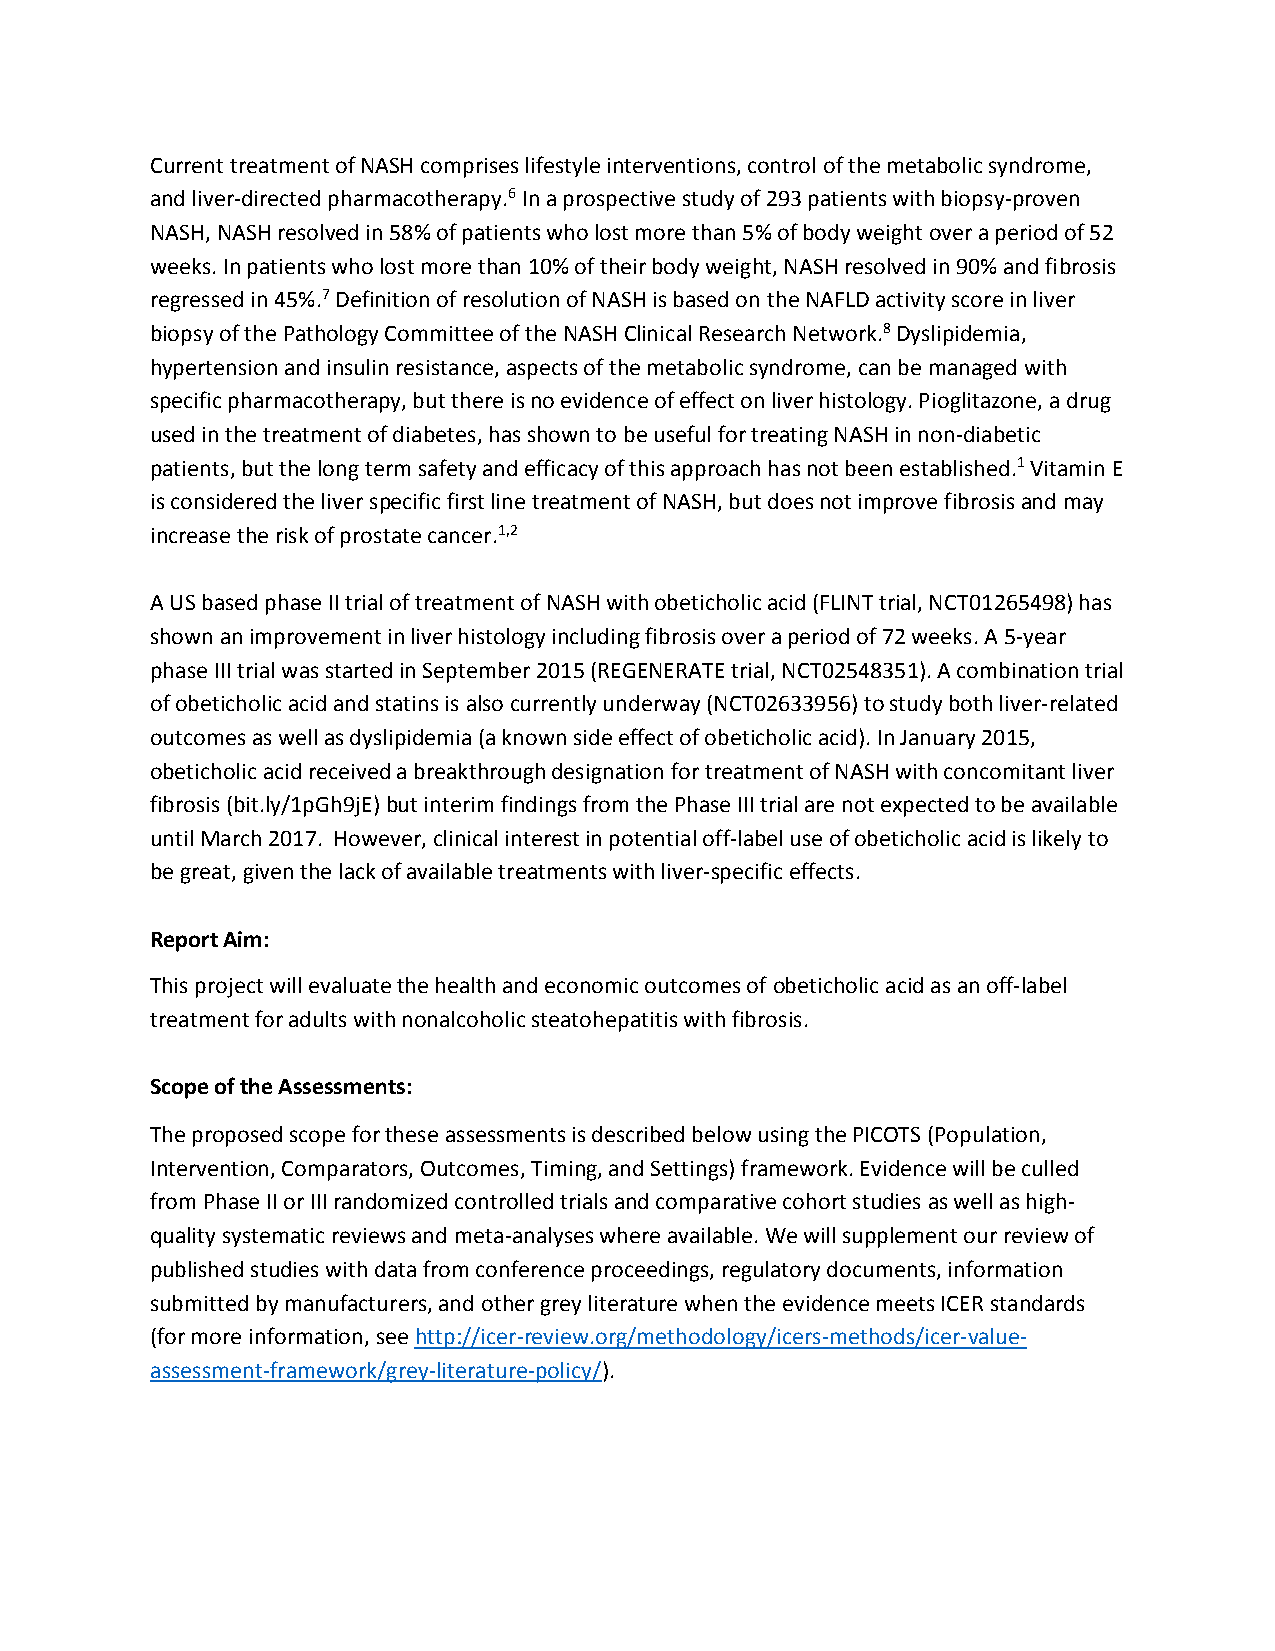
Current treatment of NASH comprises lifestyle interventions, control of the metabolic syndrome,
 and liver-directed pharmacotherapy.6 In a prospective study of 293 patients with biopsy-proven
 NASH, NASH resolved in 58% of patients who lost more than 5% of body weight over a period of 52
 weeks. In patients who lost more than 10% of their body weight, NASH resolved in 90% and fibrosis
 regressed in 45%.7 Definition of resolution of NASH is based on the NAFLD activity score in liver
 biopsy of the Pathology Committee of the NASH Clinical Research Network.8 Dyslipidemia,
 hypertension and insulin resistance, aspects of the metabolic syndrome, can be managed with
 specific pharmacotherapy, but there is no evidence of effect on liver histology. Pioglitazone, a drug
 used in the treatment of diabetes, has shown to be useful for treating NASH in non-diabetic
 patients, but the long term safety and efficacy of this approach has not been established.1 Vitamin E
 is considered the liver specific first line treatment of NASH, but does not improve fibrosis and may
 increase the risk of prostate cancer.1,2
 A US based phase II trial of treatment of NASH with obeticholic acid (FLINT trial, NCT01265498) has
 shown an improvement in liver histology including fibrosis over a period of 72 weeks. A 5-year
 phase III trial was started in September 2015 (REGENERATE trial, NCT02548351). A combination trial
 of obeticholic acid and statins is also currently underway (NCT02633956) to study both liver-related
 outcomes as well as dyslipidemia (a known side effect of obeticholic acid). In January 2015,
 obeticholic acid received a breakthrough designation for treatment of NASH with concomitant liver
 fibrosis (bit.ly/1pGh9jE) but interim findings from the Phase III trial are not expected to be available
 until March 2017. However, clinical interest in potential off-label use of obeticholic acid is likely to
 be great, given the lack of available treatments with liver-specific effects.
 Report Aim:
 This project will evaluate the health and economic outcomes of obeticholic acid as an off-label
 treatment for adults with nonalcoholic steatohepatitis with fibrosis.
 Scope of the Assessments:
 The proposed scope for these assessments is described below using the PICOTS (Population,
 Intervention, Comparators, Outcomes, Timing, and Settings) framework. Evidence will be culled
 from Phase II or III randomized controlled trials and comparative cohort studies as well as high-
 quality systematic reviews and meta-analyses where available. We will supplement our review of
 published studies with data from conference proceedings, regulatory documents, information
 submitted by manufacturers, and other grey literature when the evidence meets ICER standards
 (for more information, see http://icer-review.org/methodology/icers-methods/icer-value-
 assessment-framework/grey-literature-policy/).